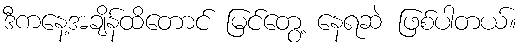
ဒီကနေ့အချိန်ထိတောင် မြင်တွေ့ နေရဆဲ ဖြစ်ပါတယ်။